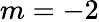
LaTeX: m=-2